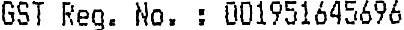
GST REG. NO. : 001951645696